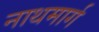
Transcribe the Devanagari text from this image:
नाथमार्ग